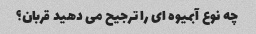
چه نوع آبمیوه ای را ترجیح می دهید قربان؟